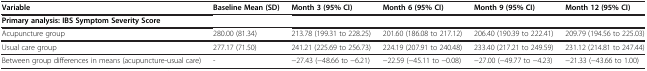
<table><thead><tr><td><b>Variable</b></td><td><b>Baseline Mean (SD)</b></td><td><b>Month 3 (95% CI)</b></td><td><b>Month 6 (95% CI)</b></td><td><b>Month 9 (95% CI)</b></td><td><b>Month 12 (95% CI)</b></td></tr></thead><tbody><tr><td><b>Primary analysis: IBS Symptom Severity Score</b></td><td> </td><td> </td><td> </td><td> </td><td> </td></tr><tr><td>Acupuncture group</td><td>280.00 (81.34)</td><td>213.78 (199.31 to 228.25)</td><td>201.60 (186.08 to 217.12)</td><td>206.40 (190.39 to 222.41)</td><td>209.79 (194.56 to 225.03)</td></tr><tr><td>Usual care group</td><td>277.17 (71.50)</td><td>241.21 (225.69 to 256.73)</td><td>224.19 (207.91 to 240.48)</td><td>233.40 (217.21 to 249.59)</td><td>231.12 (214.81 to 247.44)</td></tr><tr><td>Between group differences in means (acupuncture-usual care)</td><td>-</td><td>−27.43 (−48.66 to −6.21)</td><td>−22.59 (−45.11 to −0.08)</td><td>−27.00 (−49.77 to −4.23)</td><td>−21.33 (−43.66 to 1.00)</td></tr></tbody></table>